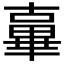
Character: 𱑓